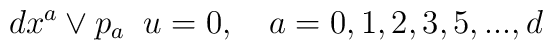
dx^a \vee p_a \;\;u = 0, \quad a = 0,1,2,3,5,...,d